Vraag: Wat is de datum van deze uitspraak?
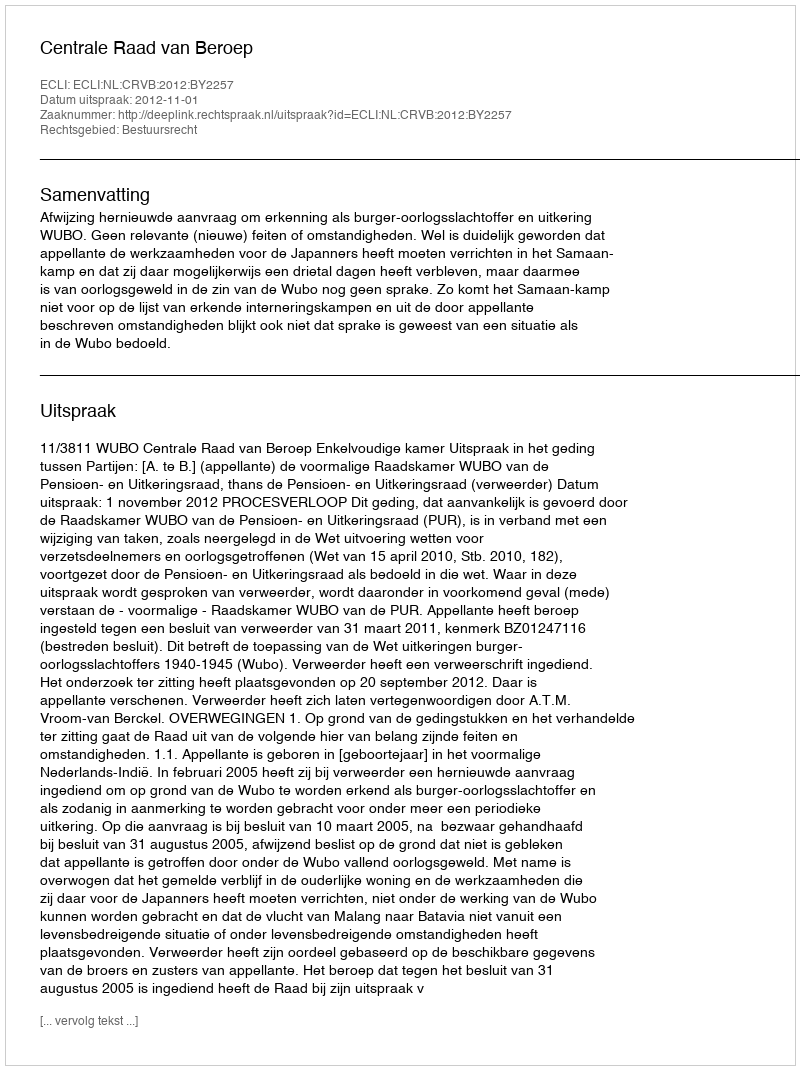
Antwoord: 2012-11-01